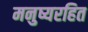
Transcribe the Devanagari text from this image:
मनुष्यरहित